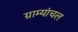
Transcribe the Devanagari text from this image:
ग्राम्यांचल